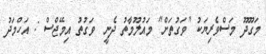
މަގޫދޫ މަސްވެރިޔަކު "ވަގުތަށް" މައުލޫމާތު ދެނީ  ވަގުތު އިމޭޖްސް : އަހްމަދު